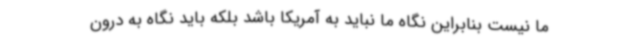
ما نیست بنابراین نگاه ما نباید به آمریکا باشد بلکه باید نگاه به درون